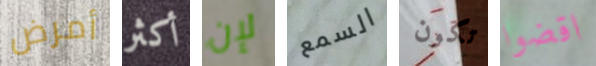
أمرض أكثر لإن السمع تكون اقضوا